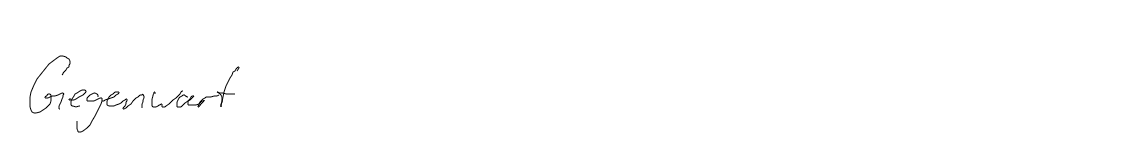
Gegenwart